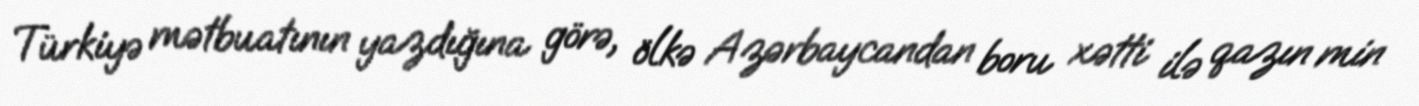
Türkiyə mətbuatının yazdığına görə, ölkə Azərbaycandan boru xətti ilə qazın min